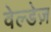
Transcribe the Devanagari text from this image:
वेल्डेज़